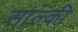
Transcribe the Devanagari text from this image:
साल्की